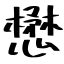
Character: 懋